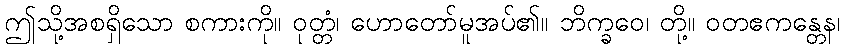
ဤသို့အစရှိသော စကားကို။ ဝုတ္တံ၊ ဟောတော်မူအပ်၏။ ဘိက္ခဝေ၊ တို့။ ဝတဧကန္တေန၊